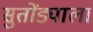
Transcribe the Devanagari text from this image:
सुतोंड्याला